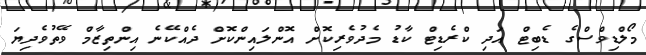
މޯލްޑިވްސްގެ ޑެބިޓް އަދި ކްރެޑިޓް ކާޑު މެދުވެރިކޮށް އޮންލައިންކޮށް ދެއްކޭނެ އިންތިޒާމް ވޭތުވެދިޔަ